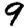
Digit: 9